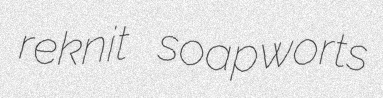
reknit soapworts